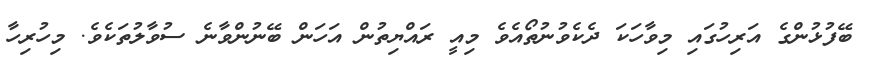
ބޭފުޅުންގެ އަރިހުގައި މިވާހަކަ ދެކެވުނުތޯއެވެ މިއީ ރައްޔިތުން އަހަން ބޭނުންވާނެ ސުވާލުތަކެވެ. މިހުރިހާ